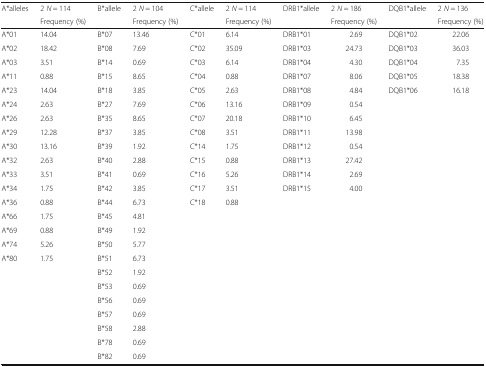
<table><thead><tr><td rowspan="2"><b>A*alleles</b></td><td><b>2 <i>N</i> = 114</b></td><td rowspan="2"><b>B*allele</b></td><td><b>2 <i>N</i> = 104</b></td><td rowspan="2"><b>C*allele</b></td><td><b>2 <i>N</i> = 114</b></td><td rowspan="2"><b>DRB1*allele</b></td><td><b>2 <i>N</i> = 186</b></td><td rowspan="2"><b>DQB1*allele</b></td><td><b>2 <i>N</i> = 136</b></td></tr><tr><td><b>Frequency (%)</b></td><td><b>Frequency (%)</b></td><td><b>Frequency (%)</b></td><td><b>Frequency (%)</b></td><td><b>Frequency (%)</b></td></tr></thead><tbody><tr><td>A*01</td><td>14.04</td><td>B*07</td><td>13.46</td><td>C*01</td><td>6.14</td><td>DRB1*01</td><td>2.69</td><td>DQB1*02</td><td>22.06</td></tr><tr><td>A*02</td><td>18.42</td><td>B*08</td><td>7.69</td><td>C*02</td><td>35.09</td><td>DRB1*03</td><td>24.73</td><td>DQB1*03</td><td>36.03</td></tr><tr><td>A*03</td><td>3.51</td><td>B*14</td><td>0.69</td><td>C*03</td><td>6.14</td><td>DRB1*04</td><td>4.30</td><td>DQB1*04</td><td>7.35</td></tr><tr><td>A*11</td><td>0.88</td><td>B*15</td><td>8.65</td><td>C*04</td><td>0.88</td><td>DRB1*07</td><td>8.06</td><td>DQB1*05</td><td>18.38</td></tr><tr><td>A*23</td><td>14.04</td><td>B*18</td><td>3.85</td><td>C*05</td><td>2.63</td><td>DRB1*08</td><td>4.84</td><td>DQB1*06</td><td>16.18</td></tr><tr><td>A*24</td><td>2.63</td><td>B*27</td><td>7.69</td><td>C*06</td><td>13.16</td><td>DRB1*09</td><td>0.54</td><td></td><td></td></tr><tr><td>A*26</td><td>2.63</td><td>B*35</td><td>8.65</td><td>C*07</td><td>20.18</td><td>DRB1*10</td><td>6.45</td><td></td><td></td></tr><tr><td>A*29</td><td>12.28</td><td>B*37</td><td>3.85</td><td>C*08</td><td>3.51</td><td>DRB1*11</td><td>13.98</td><td></td><td></td></tr><tr><td>A*30</td><td>13.16</td><td>B*39</td><td>1.92</td><td>C*14</td><td>1.75</td><td>DRB1*12</td><td>0.54</td><td></td><td></td></tr><tr><td>A*32</td><td>2.63</td><td>B*40</td><td>2.88</td><td>C*15</td><td>0.88</td><td>DRB1*13</td><td>27.42</td><td></td><td></td></tr><tr><td>A*33</td><td>3.51</td><td>B*41</td><td>0.69</td><td>C*16</td><td>5.26</td><td>DRB1*14</td><td>2.69</td><td></td><td></td></tr><tr><td>A*34</td><td>1.75</td><td>B*42</td><td>3.85</td><td>C*17</td><td>3.51</td><td>DRB1*15</td><td>4.00</td><td></td><td></td></tr><tr><td>A*36</td><td>0.88</td><td>B*44</td><td>6.73</td><td>C*18</td><td>0.88</td><td></td><td></td><td></td><td></td></tr><tr><td>A*66</td><td>1.75</td><td>B*45</td><td>4.81</td><td></td><td></td><td></td><td></td><td></td><td></td></tr><tr><td>A*69</td><td>0.88</td><td>B*49</td><td>1.92</td><td></td><td></td><td></td><td></td><td></td><td></td></tr><tr><td>A*74</td><td>5.26</td><td>B*50</td><td>5.77</td><td></td><td></td><td></td><td></td><td></td><td></td></tr><tr><td>A*80</td><td>1.75</td><td>B*51</td><td>6.73</td><td></td><td></td><td></td><td></td><td></td><td></td></tr><tr><td></td><td></td><td>B*52</td><td>1.92</td><td></td><td></td><td></td><td></td><td></td><td></td></tr><tr><td></td><td></td><td>B*53</td><td>0.69</td><td></td><td></td><td></td><td></td><td></td><td></td></tr><tr><td></td><td></td><td>B*56</td><td>0.69</td><td></td><td></td><td></td><td></td><td></td><td></td></tr><tr><td></td><td></td><td>B*57</td><td>0.69</td><td></td><td></td><td></td><td></td><td></td><td></td></tr><tr><td></td><td></td><td>B*58</td><td>2.88</td><td></td><td></td><td></td><td></td><td></td><td></td></tr><tr><td></td><td></td><td>B*78</td><td>0.69</td><td></td><td></td><td></td><td></td><td></td><td></td></tr><tr><td></td><td></td><td>B*82</td><td>0.69</td><td></td><td></td><td></td><td></td><td></td><td></td></tr></tbody></table>